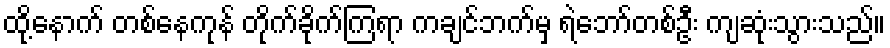
ထို့နောက် တစ်နေကုန် တိုက်ခိုက်ကြရာ ကချင်ဘက်မှ ရဲဘော်တစ်ဦး ကျဆုံးသွားသည်။